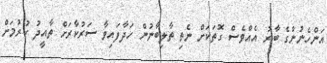
އަންހެނުންގެ ބާރު އެއްވެސް ގޮތަކަށް ނެތި ތާލިބާނުން ހަދާފައިވާ ސަރުކާރަށް ތާއީދު ކުރުމަށް